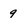
Character: 9